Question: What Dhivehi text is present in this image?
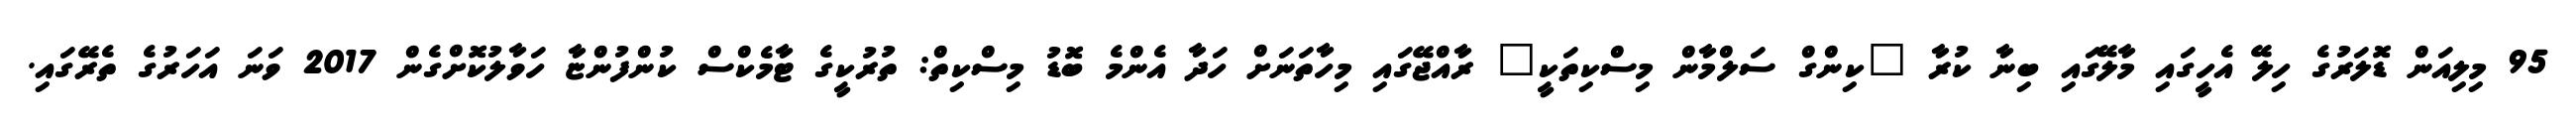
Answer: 95 މިލިއަން ޑޮލަރުގެ ހިލޭ އެހީގައި މާލޭގައި ބިނާ ކުރާ "ކިންގް ސަލްމާން މިސްކިތަކީ" ރާއްޖޭގައި މިހާތަނަށް ހަދާ އެންމެ ބޮޑު މިސްކިތް: ތުރުކީގެ ޓާމެކްސް ކުންފުންޏާ ހަވާލުކޮށްގެން 2017 ވަނަ އަހަރުގެ ތެރޭގައި.